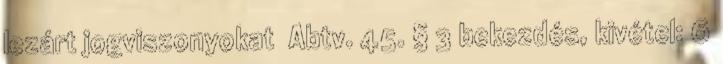
lezárt jogviszonyokat Abtv. 45. § 3 bekezdés, kivétel: 6